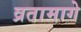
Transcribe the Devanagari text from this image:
व्रतामागे